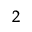
_ { 2 }